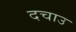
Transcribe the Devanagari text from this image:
दचाउ